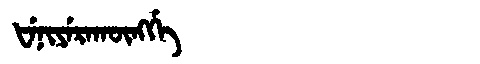
Manchu: ᡶᡝᠨᡳᠶᡝᡵᠠᡴᡡᠩᡤᡝ
Romanization: FENIYERAKŪNGGE